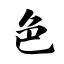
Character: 色